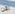
الآن